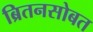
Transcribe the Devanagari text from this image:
ब्रितनसोबत